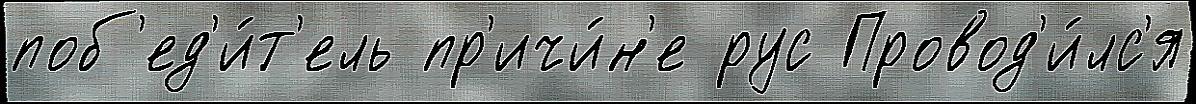
поб'ед'и́т'ель пр'ичи́н'е рус Провод'и́лс'я